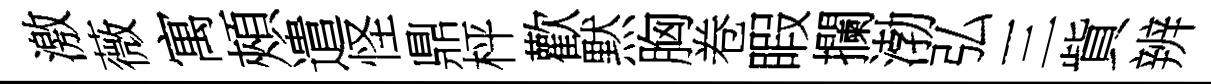
激薇寓頰遣怪鼎枰歡黙胸卷睱攔渤弘三貲辨